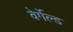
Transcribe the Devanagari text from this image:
वेर्गेल्ड